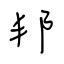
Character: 邦